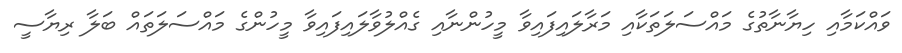
ވައްކަމާއި ހިޔާނާތުގެ މައްސަލަތަކާއި މަރާލައިފައިވާ މީހުންނާއި ގެއްލުވާލައިފައިވާ މީހުންގެ މައްސަލަތައް ބަލާ ރިޔާސީ